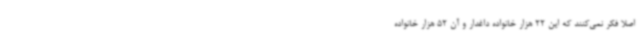
اصلا فکر نمی‌کنند که این 22 هزار خانواده داغدار و آن 52 هزار خانواده